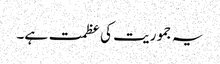
یہ جموریت کی عظمت ہے۔